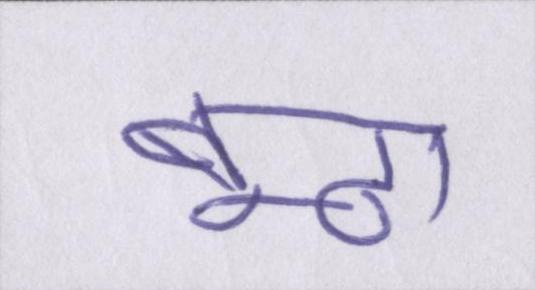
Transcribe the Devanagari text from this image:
बूढ़ा